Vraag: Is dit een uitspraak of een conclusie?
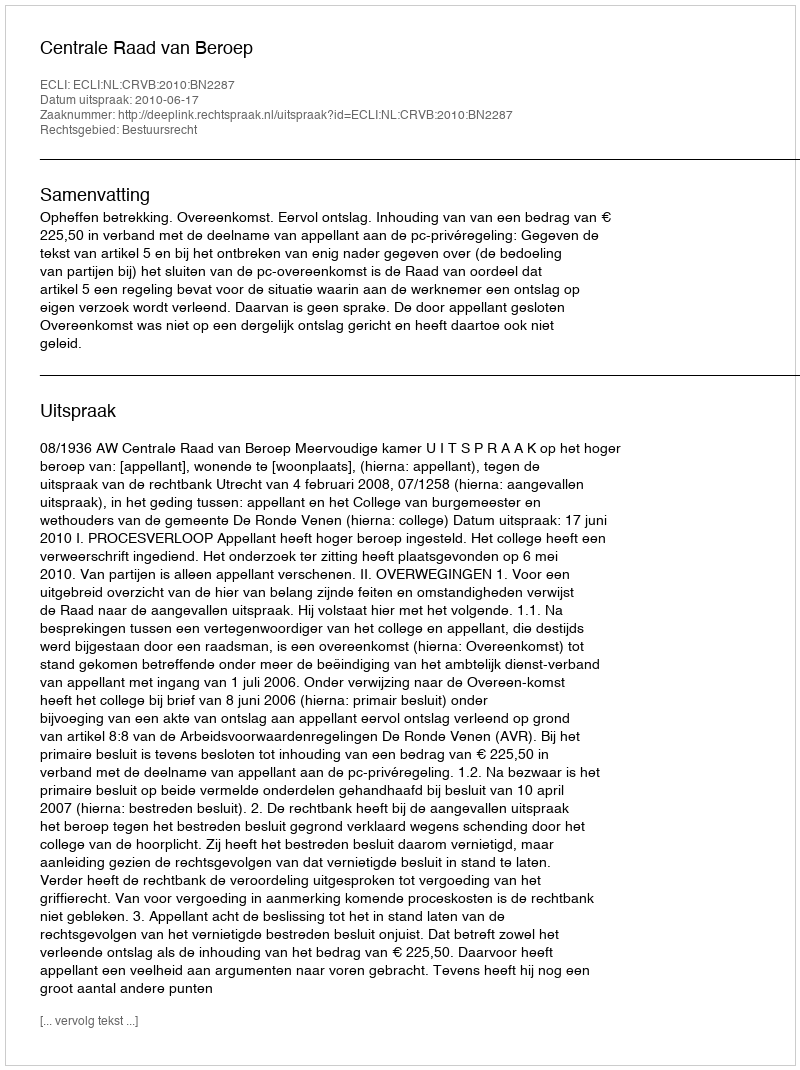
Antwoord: Uitspraak